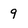
Character: 9